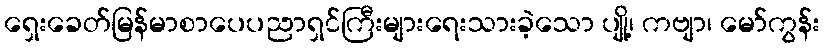
ရှေးခေတ်မြန်မာစာပေပညာရှင်ကြီးများရေးသားခဲ့သော ပျို့၊ ကဗျာ၊ မော်ကွန်း